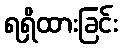
ရရှိထားခြင်း